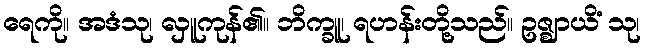
ရေကို။ အဒံသု၊ လှူကုန်၏။ ဘိက္ခူ၊ ရဟန်းတို့သည်။ ဥဇ္ဈာယိံ သု၊